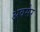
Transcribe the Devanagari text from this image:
अवसेर